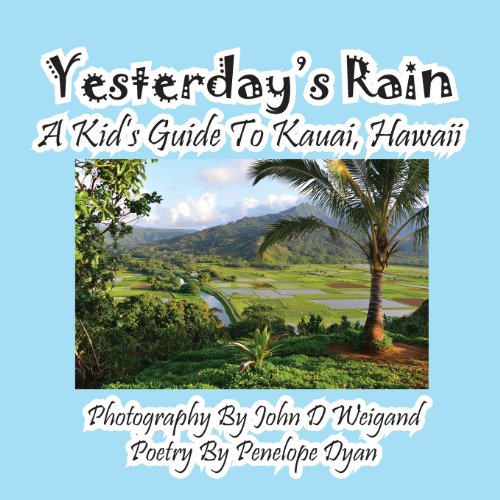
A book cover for Yesterday's Rain --- A Kid's Guide to Kauai, Hawaii; Penelope Dyan; Children's Books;